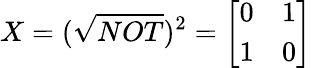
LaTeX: X=({\sqrt{NOT}})^{2}={\left[\begin{array}{ll}{0}&{1}\\ {1}&{0}\end{array}\right]}